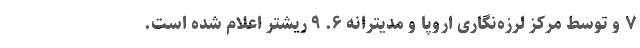
۷ و توسط مرکز لرزه‌نگاری اروپا و مدیترانه ۶. ۹ ریشتر اعلام شده است.